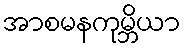
အာစမနကုမ္ဘိယာ